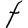
Character: t